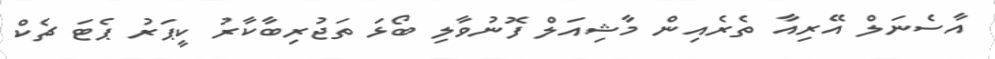
އާސެނަލް އޭރިއާ ތެރެއިން މާޝިއަލް ފޮނުވާލި ބޯޅަ ތަޖުރިބާކާރު ކީޕަރު ޕެޓަ ޗެކް